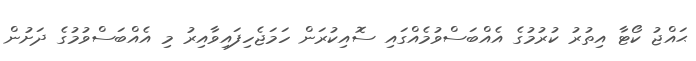
ޙައްޖު ކޯޓާ އިތުރު ކުރުމުގެ އެއްބަސްވުމެއްގައި ސޮއިކުރަން ހަމަޖެހިފައިވާއިރު މި އެއްބަސްވުމުގެ ދަށުން